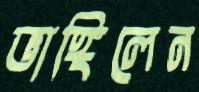
ভাঙ্গিলেন